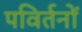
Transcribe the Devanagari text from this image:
पविर्तनों